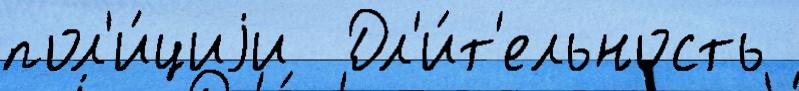
пол'и́циjи  Дл'и́т'ельность